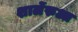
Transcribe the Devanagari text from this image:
शार्लेरुआ